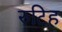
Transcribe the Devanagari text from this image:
रुटिह